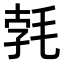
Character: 𣭷